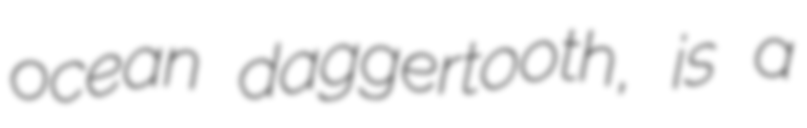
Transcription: ocean daggertooth, is a